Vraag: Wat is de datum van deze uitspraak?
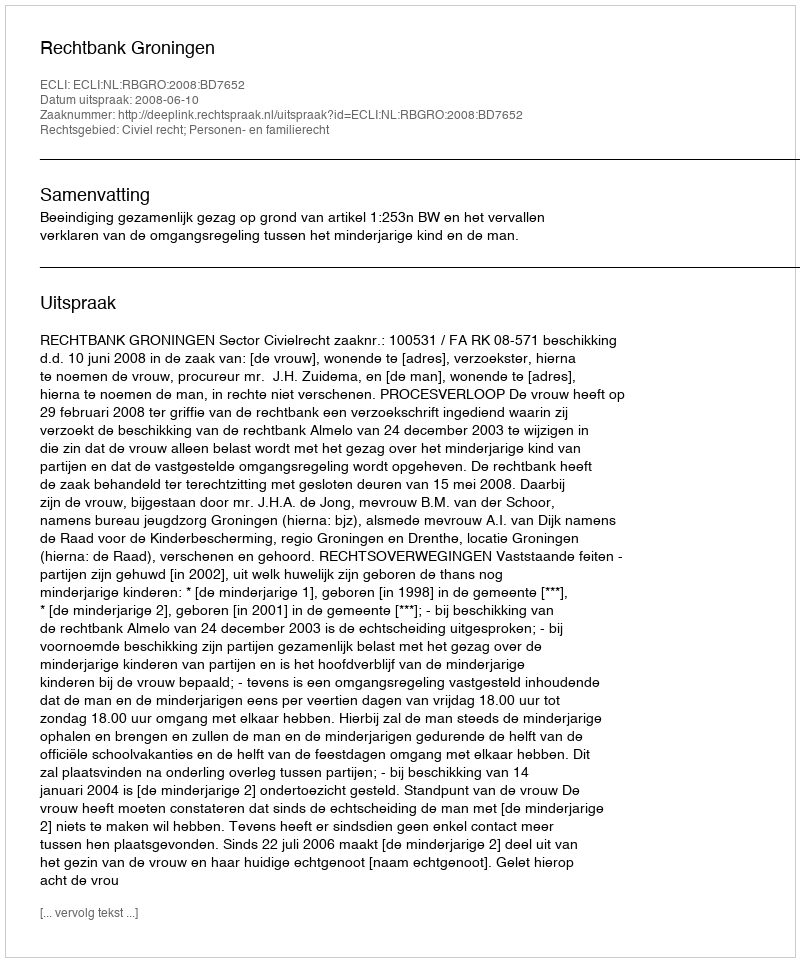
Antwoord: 2008-06-10